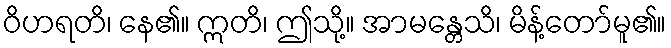
ဝိဟရတိ၊ နေ၏။ ဣတိ၊ ဤသို့။ အာမန္တေသိ၊ မိန့်တော်မူ၏။